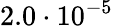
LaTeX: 2.0\cdot 10^{-5}